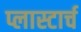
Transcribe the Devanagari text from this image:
प्लास्टार्च